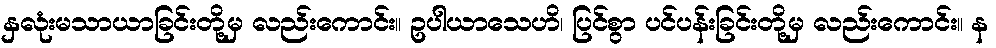
နှလုံးမသာယာခြင်းတို့မှ လည်းကောင်း။ ဥပါယာသေဟိ၊ ပြင်စွာ ပင်ပန်းခြင်းတို့မှ လည်းကောင်း။ န